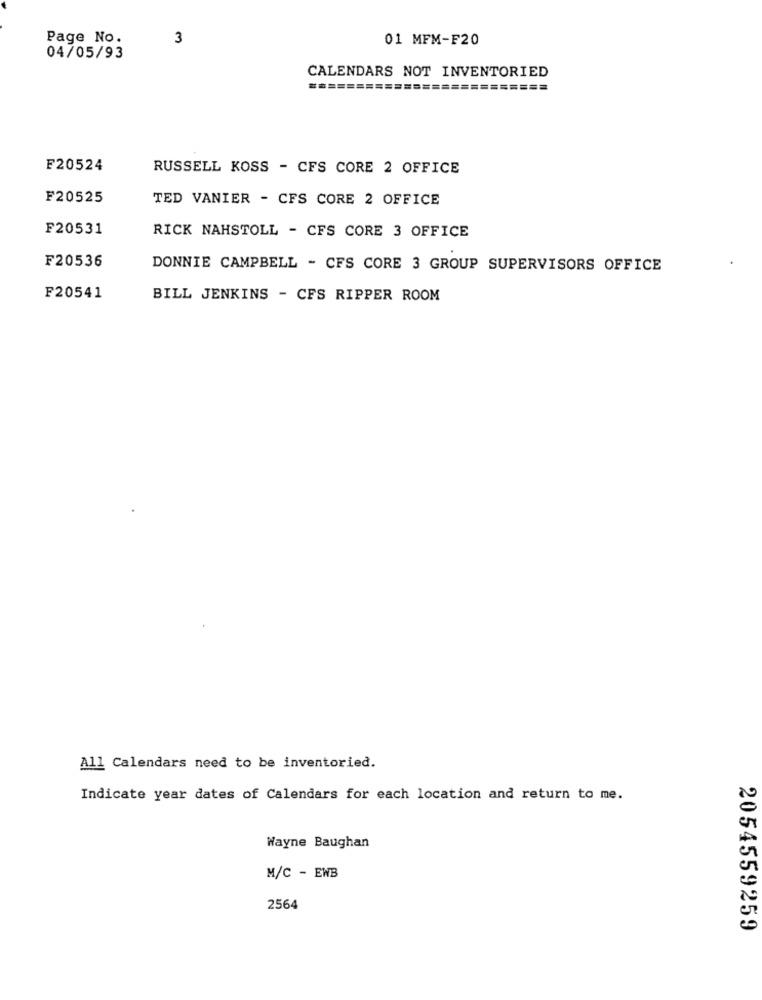
Page No.
3
01 MFM-F20
04/05/93
CALENDARS NOT INVENTORIED
=========================
F20524
RUSSELL KOSS - CFS CORE 2 OFFICE
F20525
TED VANIER - CFS CORE 2 OFFICE
F20531
RICK NAHSTOLL - CFS CORE 3 OFFICE
F20536
DONNIE CAMPBELL - CFS CORE 3 GROUP SUPERVISORS OFFICE
F20541
BILL JENKINS - CFS RIPPER ROOM
All Calendars need to be inventoried.
Indicate year dates of Calendars for each location and return to me.
Wayne Baughan
M/C - EWB
2564
2054559259